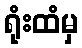
ရုံးထံမှ